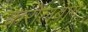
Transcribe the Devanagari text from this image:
करोलबाग